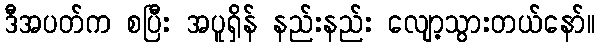
ဒီအပတ်က စပြီး အပူရှိန် နည်းနည်း လျော့သွားတယ်နော်။